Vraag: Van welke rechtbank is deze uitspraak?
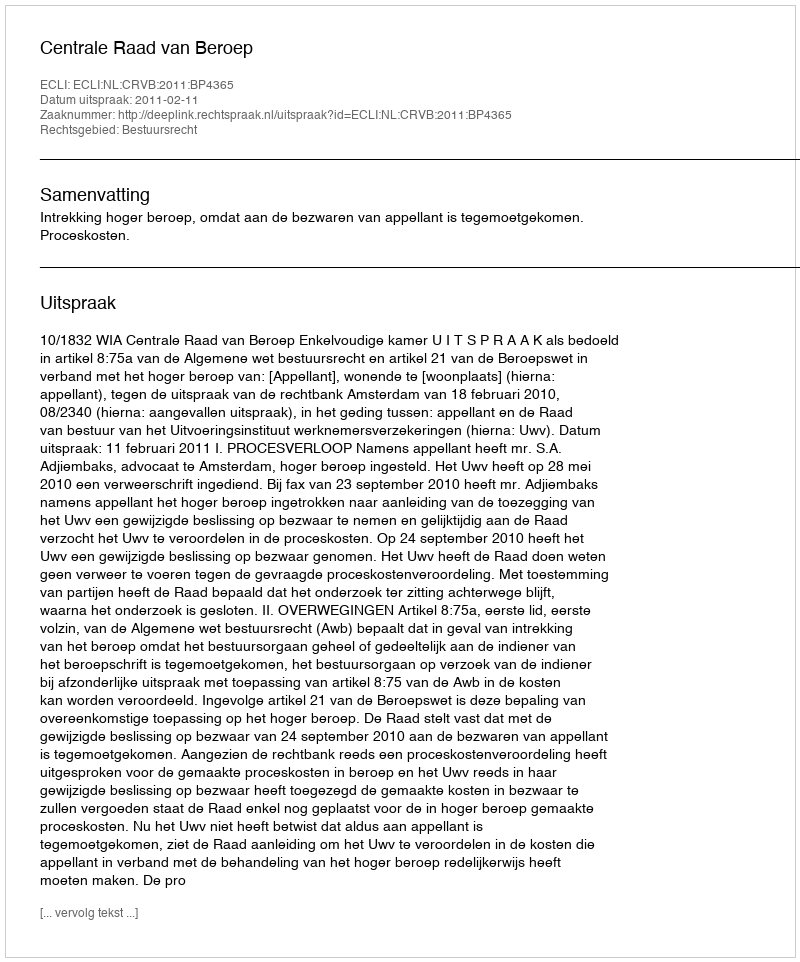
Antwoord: Centrale Raad van Beroep